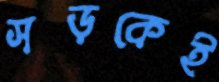
সড়কেই